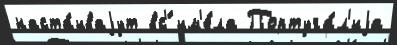
наста́иваjут вс'́ им'е́ла Португа́л'иjа